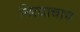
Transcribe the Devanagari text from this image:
नित्याचाच